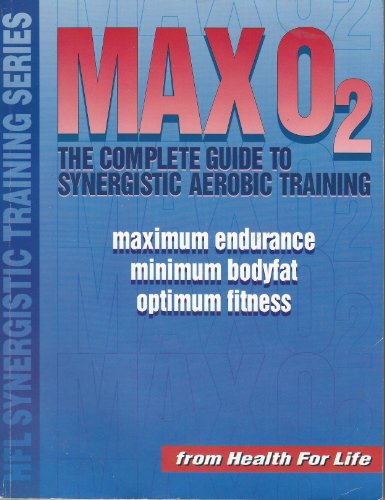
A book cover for Max O2: The Complete Guide to Synergistic Aerobic Training (HFL synergistic training series); Jerry Robinson; Health, Fitness & Dieting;